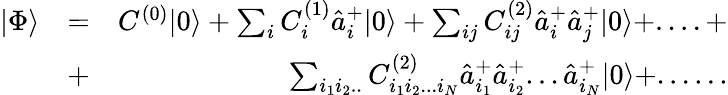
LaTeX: \begin{array}{rlr}{|\Phi\rangle}&{=}&{C^{(0)}|0\rangle+\sum_{i}C_{i}^{(1)}\hat{a}_{i}^{+}|0\rangle+\sum_{ij}C_{ij}^{(2)}\hat{a}_{i}^{+}\hat{a}_{j}^{+}|0\rangle+....+}\\ &{+}&{\sum_{i_{1}i_{2}..}C_{i_{1}i_{2}...i_{N}}^{(2)}\hat{a}_{i_{1}}^{+}\hat{a}_{i_{2}}^{+}...\hat{a}_{i_{N}}^{+}|0\rangle+......}\end{array}